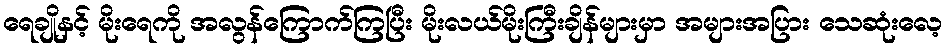
ရေချိုနှင့် မိုးရေကို အလွန်ကြောက်ကြပြီး မိုးလယ်မိုးကြီးချိန်များမှာ အများအပြား သေဆုံးလေ့